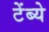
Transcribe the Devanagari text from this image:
टेंब्ये